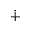
\dotplus